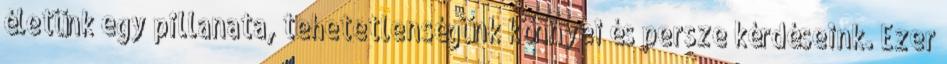
életünk egy pillanata, tehetetlenségünk könnyei és persze kérdéseink. Ezer